Vaccine operations Central Provinces & Berar 1922-1929 - 1922-1929
Year: 1922
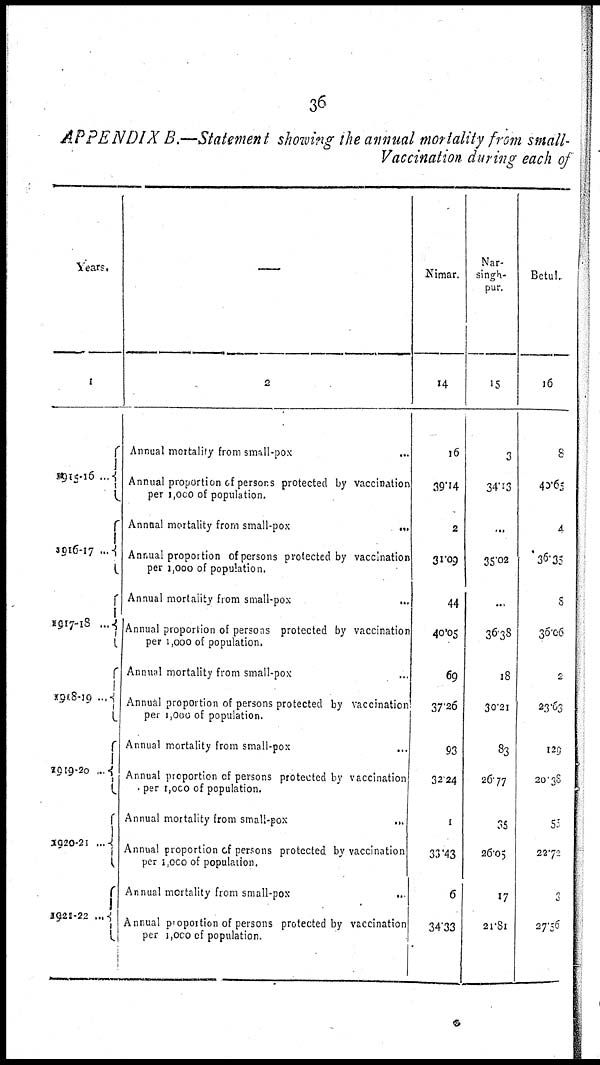
36
APPENDIX B.—Statement showing the annual mortality from small¬
Vaccination during each of
Years.
1
1915-16 ...
5916-17...
1917-18 ...
1918-19
...
1919-20 ...
1920-21 ...
1921-22 ...
—
2
Annual mortality from small-pox
...
Annual proportion of persons protected by vaccination
per 1,000 of population.
Annual mortality from small-pox
...
Annual proportion of persons protected by vaccination
per 1,000 of population.
Annual mortality from small-pox
...
Annual proportion of persons protected by vaccination
per 1,000 of population.
Annual mortality from small-pox ...
Annual proportion of persons protected by vaccination
per 1,000 of population.
Annual mortality from small-pox ...
Annual proportion of persons protected by vaccination
per 1,000 of population.
Annual mortality from small-pox
...
Annual proportion of persons protected by vaccination
per 1,000 of population.
Annual mortality from small-pox
...
Annual proportion of persons protected by vaccination
per 1,000 of population.
Nimar.
14
16
39.14
2
31.09
44
40.05
69
37.26
93
32.24
1
33.43
6
34.33
Nar¬
singh¬
pur.
15
3
34.13
...
35.02
...
36.38
18
30.21
83
26.77
35
26.05
17
21.81
Betul.
16
8
40.65
4
36.35
8
36.06
2
23.63
129
20.38
55
22.72
3
27.56